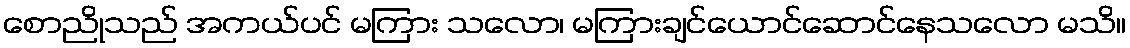
စောညိုသည် အကယ်ပင် မကြား သလော၊ မကြားချင်ယောင်ဆောင်နေသလော မသိ။